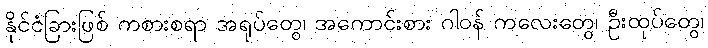
နိုင်ငံခြားဖြစ် ကစားစရာ အရုပ်တွေ၊ အကောင်းစား ဂါဝန် ကလေးတွေ၊ ဦးထုပ်တွေ၊